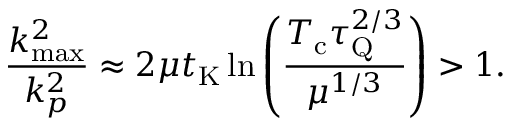
\frac { k _ { \mathrm { m a x } } ^ { 2 } } { k _ { p } ^ { 2 } } \approx 2 \mu t _ { \mathrm { K } } \ln \left( { \frac { T _ { \mathrm { c } } \tau _ { \mathrm { Q } } ^ { 2 / 3 } } { \mu ^ { 1 / 3 } } } \right) > 1 .